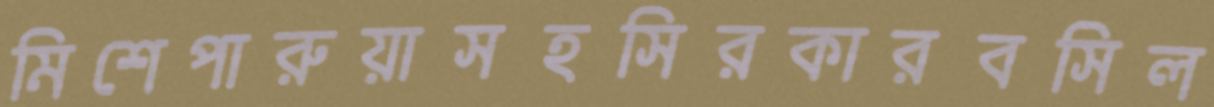
মিশেপারুয়াসহসিরকারবসিল